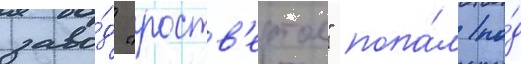
заво́д "роств'ертол" попа́л по́д